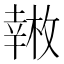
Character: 𱜿